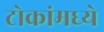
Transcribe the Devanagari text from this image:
टोकांमध्ये